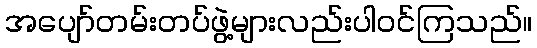
အပျော်တမ်းတပ်ဖွဲ့များလည်းပါဝင်ကြသည်။